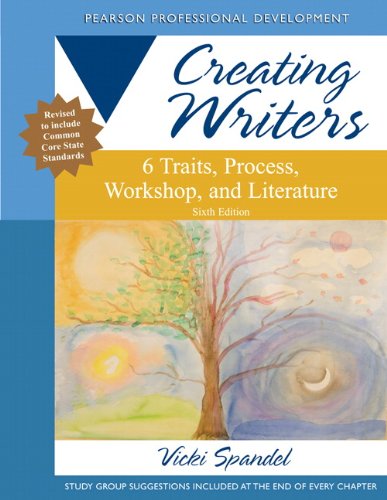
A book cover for Creating Writers: 6 Traits, Process, Workshop, and Literature (6th Edition) (Creating 6-Trait Revisers and Editors Series); Vicki Spandel; Education & Teaching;